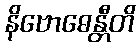
နိဗောဓေန္တီတိ